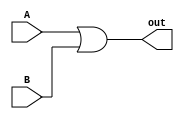
module bitOr(A, B, out);
    input A, B;
    output out;
    
    assign out = A | B;
endmodule